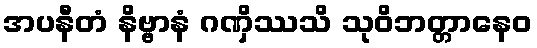
အပနီတံ နိဗ္ဗာနံ ဂဏှိဿသိ သုဝိဘတ္တာနေဝ